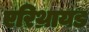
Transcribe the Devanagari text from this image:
एरिथ्रायड